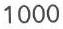
1000